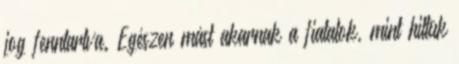
jog fenntartva. Egészen mást akarnak a fiatalok, mint hittük